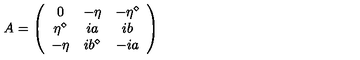
A = \left( \begin{array} { c c c } { 0 } & { - \eta } & { - \eta ^ { \diamond } } \\ { \eta ^ { \diamond } } & { i a } & { i b } \\ { - \eta } & { i b ^ { \diamond } } & { - i a } \\ \end{array} \right)